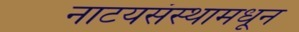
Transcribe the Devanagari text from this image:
नाटयसंस्थामधून